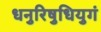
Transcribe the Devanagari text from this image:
धनुरिषुधियुगं